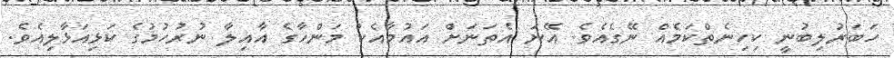
ހަބަރުލިބުނީ ކިހިނެތްކަމެއް ނޭގެއެވެ. އޭނަ އެތަނަށް އައުމާއެކު މަންހާގެ އާއިލާ ނުރުހުމުގެ ކަޅިއަޅާލިއެވެ.